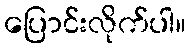
ပြောင်းလိုက်ပါ။